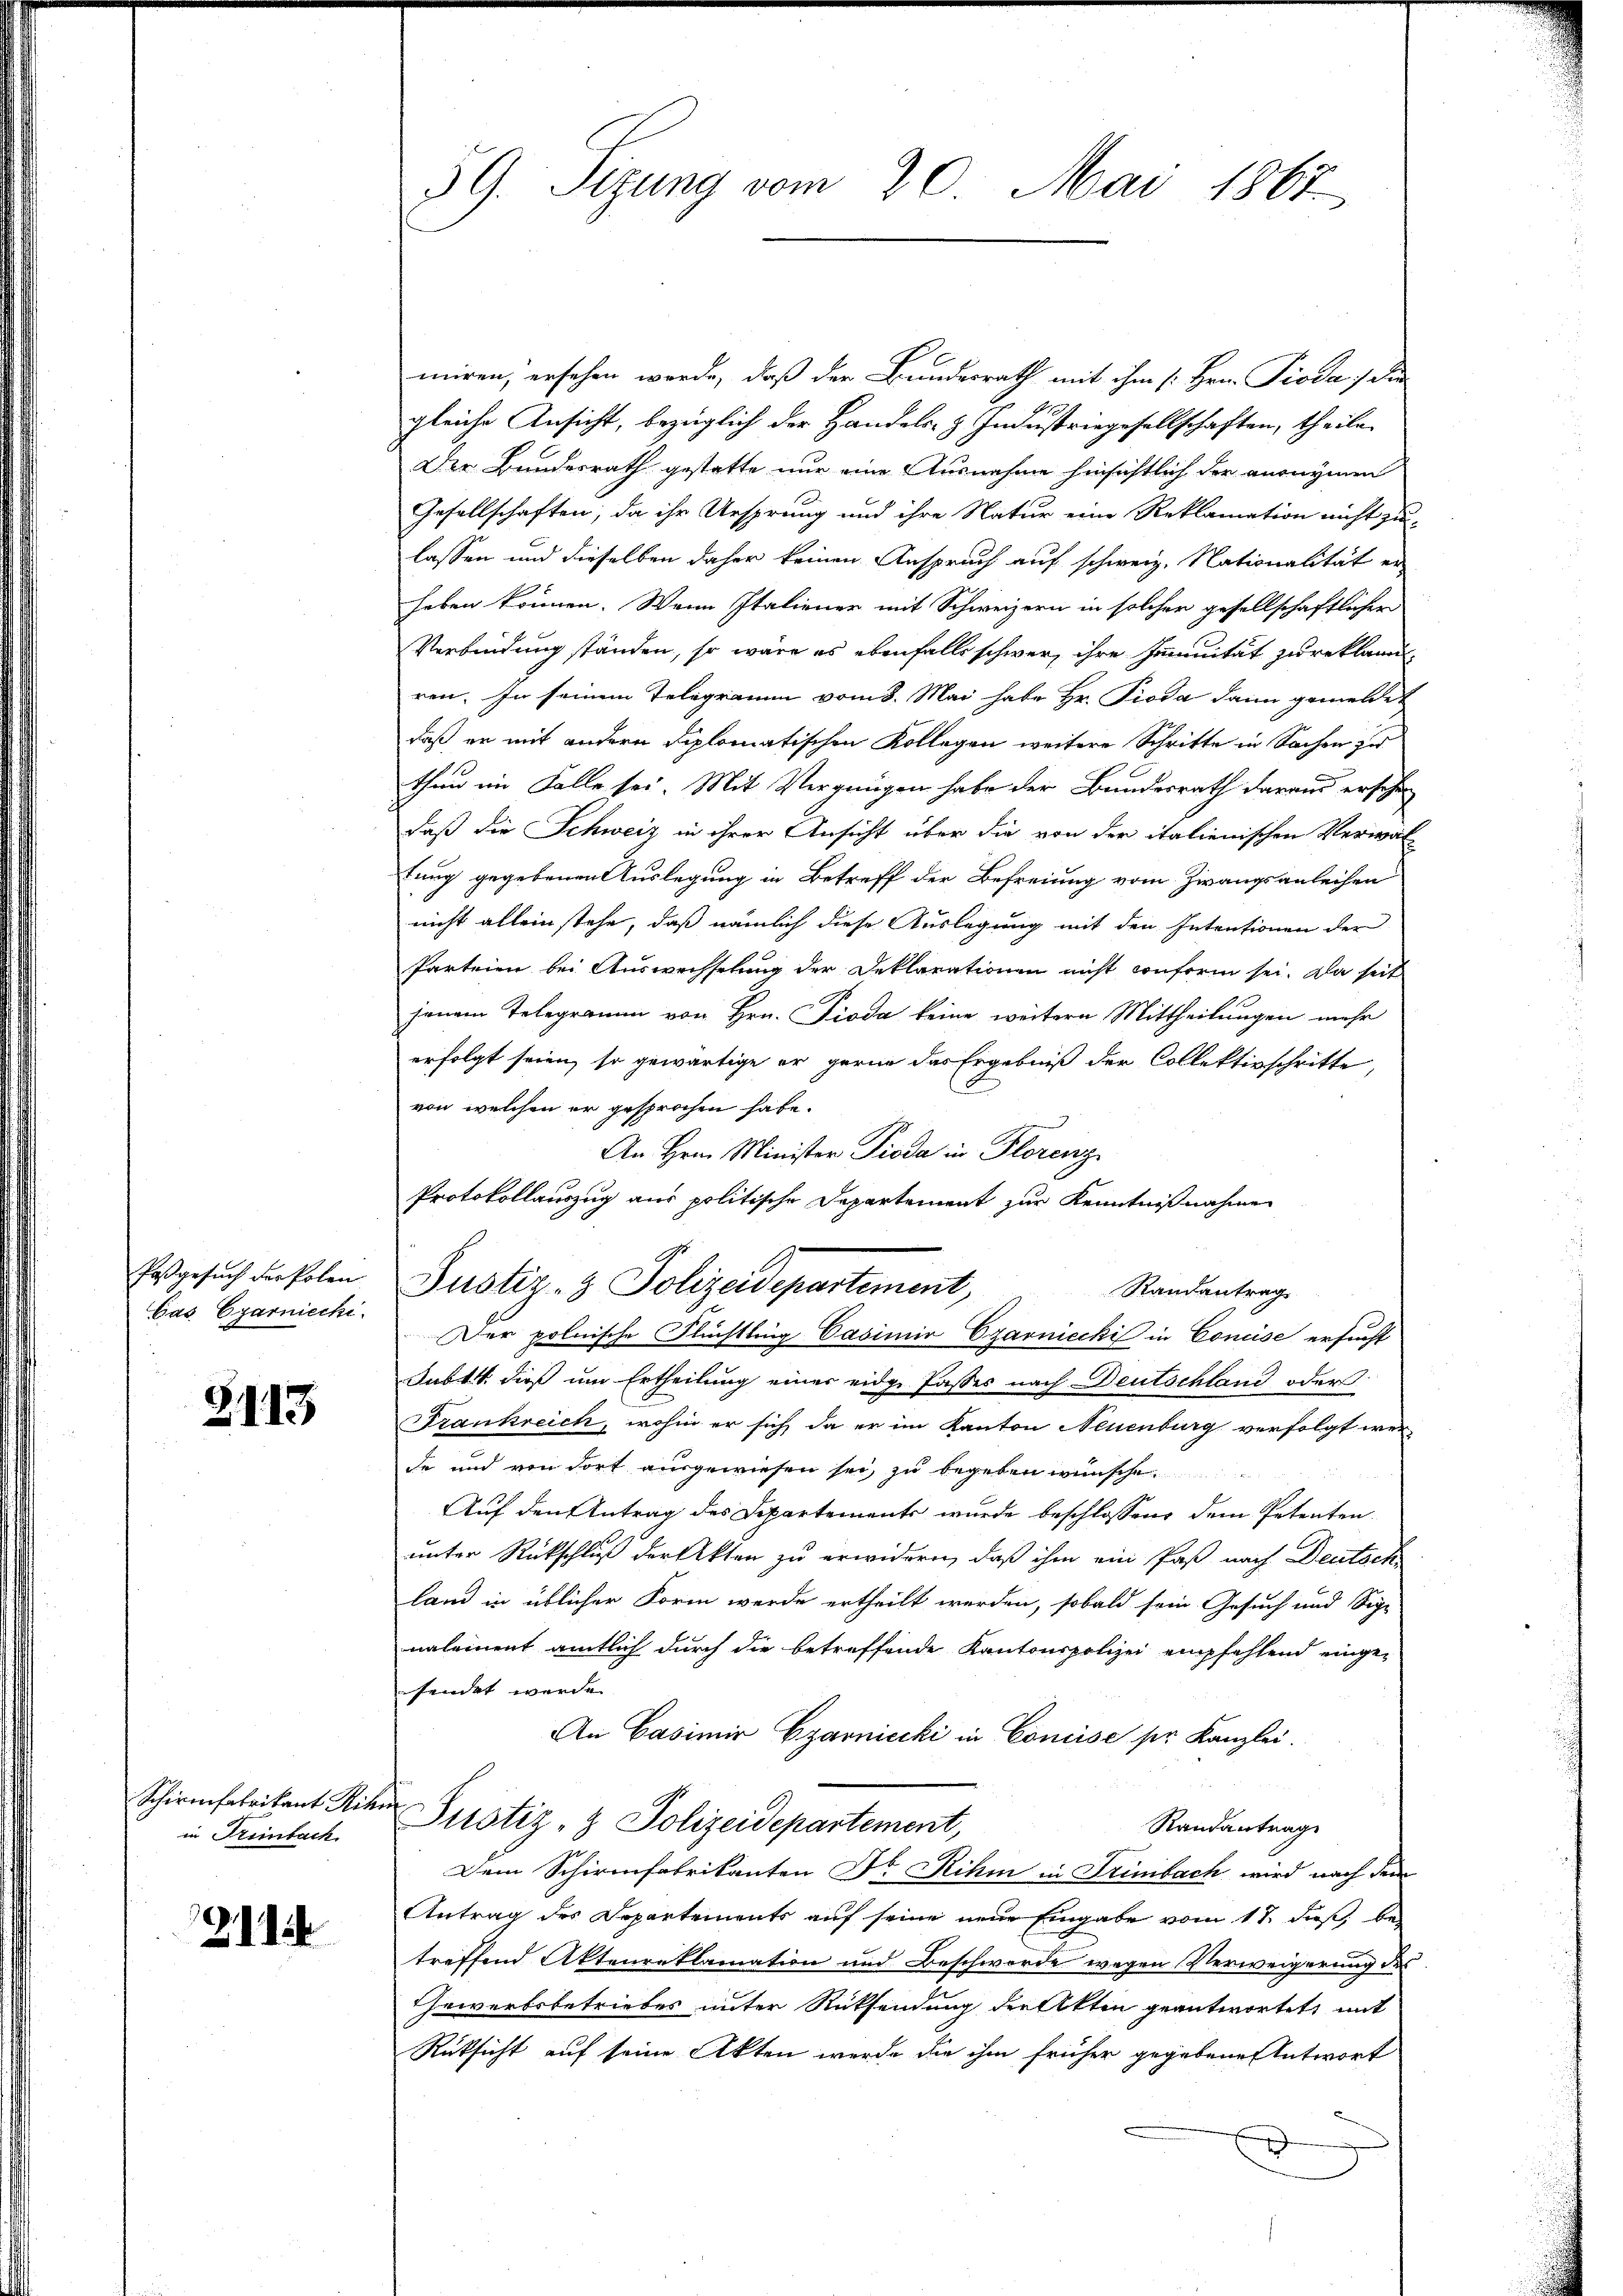
Pasgesuch der Polen
Cas Egarniecki

8113

Schirmfabrikant Rit
in Freibach

2112

39. Sizung vom 20. Mai 1867

miren, ersehen werde, daß der Bundesrath mit ihm [Hrn. Pioda, die
E
gleiche Ansicht, bezüglich der Handels- u. Industriegesellschaften, theile
Der Bundesrath gestatte nur eine Ausnahme hinsichtlich der anonymen
Gesellschaften, da ihr Ursprung und ihre Natur eine Reklamation nicht zu-
lassen und dieselben daher keinen Anspruch auf schweiz. Nationalität er-
haben können. Wenn Italiener mit Schweizern in solcher gesellschaftlicher
Verbindung ständen, so wäre es ebenfalls schwer, ihre Immität zu reklamiren. In seinem Telegramm vom 8. Mai habe Hr. Pioda dann gemeldet
daß er mit andern diplomatischen Kollegen weitere Schritte in Sachen zu
thun im Falle sei. Mit Vergnügen habe der Bundesrath daraus erschen
daß die Schweiz in ihrer Ansicht über die von der italienischen Verwal-
tung gegebenen Auslegung in Betreff der Befreiung vom Zwangsanleihen
nicht allein stehe, daß nämlich diese Auslegung mit den Intentionen der
Parteien bei Auswechselung der Deklarationen nicht conform sei. Da seit
jenem Telegramm von Hrn. Pioda keine weitere Mittheilungen mehr
erfolgt seien, so gewärtige er gerne das Ergebniß der Collektivschritte,
S.
von welchen er gesprochen habe.
An Hrn. Minister Pioda in Florenz
Protokollauszug aus politische Departement zur Kenntnißnahme
Justiz- & Polizeidepartement,
Randantrag
Der polnische Flüchtling Casimir Czarniccki in Concise ersucht
Sub 14. dieß um Ertheilung einer eidg. Passes nach Deutschland oder
Frankreich, wohin er sich da er im Kanton Neuenburg verfolgt werde und von dort ausgewiesen sei, zu begeben wünsche.
Auf den Antrag des Departements wurde beschlossens dem Petenten.
unter Rückschluß der Akten zu erwidern, daß ihm ein Paß nach Deutsch
land in üblicher Form werde ertheilt werden, sobald sein Gesuch und Sige
naleinent amtlich durch die betreffende Kantonspolizei empfehlend einge-
sendet werde.
An Casimir Czarniecki in Concise ser Kanzlei.
t
Justiz- & Polizeidepartement,
Randantrage
Dem Schirmfabrikanten Dr. Rihm in Frimbach wird nach dem
Antrag des Departements auf seine neue Eingabe vom 17. dieß, betreffend Aktenreklamation und Beschwerde wegen Verweigerung des
Gewerbsbetriebes unter Rücksendung der Akten geantwortet, mit
Rüksicht auf seine Akten werde die ihm früher gegebene Antwort